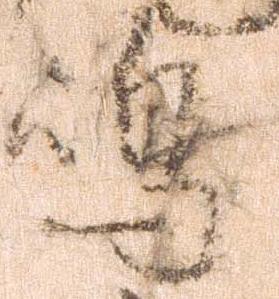
島